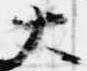
大